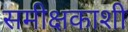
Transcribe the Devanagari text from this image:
समीक्षकाशी